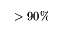
> 9 0 \%